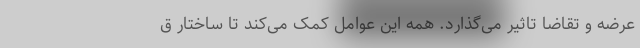
عرضه و تقاضا تاثیر می‌گذارد. همه این عوامل کمک می‌کند تا ساختار ق